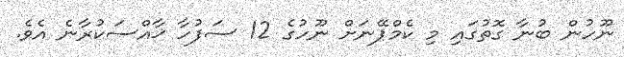
ނޫހުން ބުނާ ގޮތުގައި މި ކެމްޕޭނަށް ނޫހުގެ 12 ސަފުހާ ޚާއްސަކުރާނެ އެވެ.